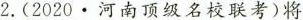
2.(2020.河南顶级名校联考)将